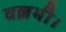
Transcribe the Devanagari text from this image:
वल्लभी।